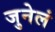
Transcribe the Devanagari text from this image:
जुनेलं